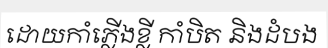
ដោយកាំភ្លើងខ្លី កាំបិត និងដំបង